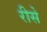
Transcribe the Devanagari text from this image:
रीसे